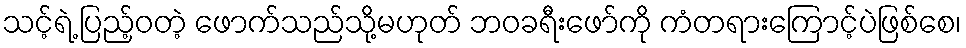
သင့်ရဲ့ ပြည့်ဝတဲ့ ဖောက်သည်သို့မဟုတ် ဘဝခရီးဖော်ကို ကံတရားကြောင့်ပဲဖြစ်စေ၊